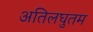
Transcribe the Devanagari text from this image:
अतिलघुतम